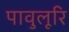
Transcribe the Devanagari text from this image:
पावुलूरि